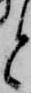
と